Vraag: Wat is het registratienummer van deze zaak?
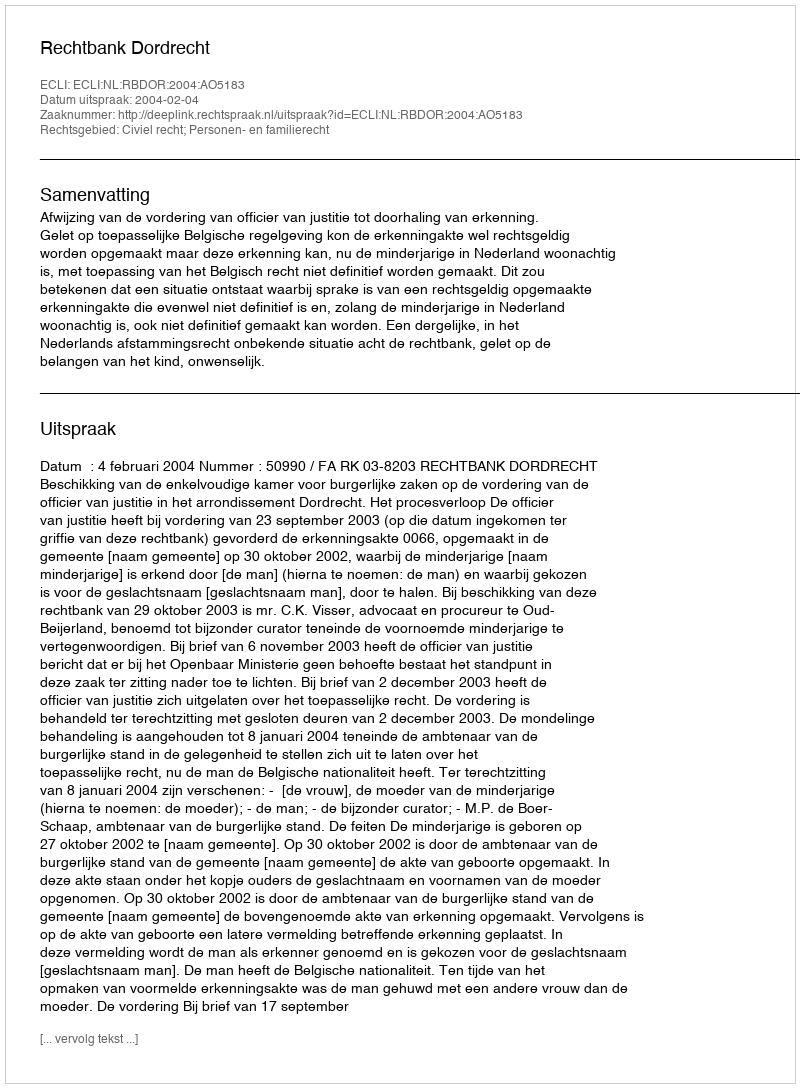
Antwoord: http://deeplink.rechtspraak.nl/uitspraak?id=ECLI:NL:RBDOR:2004:AO5183